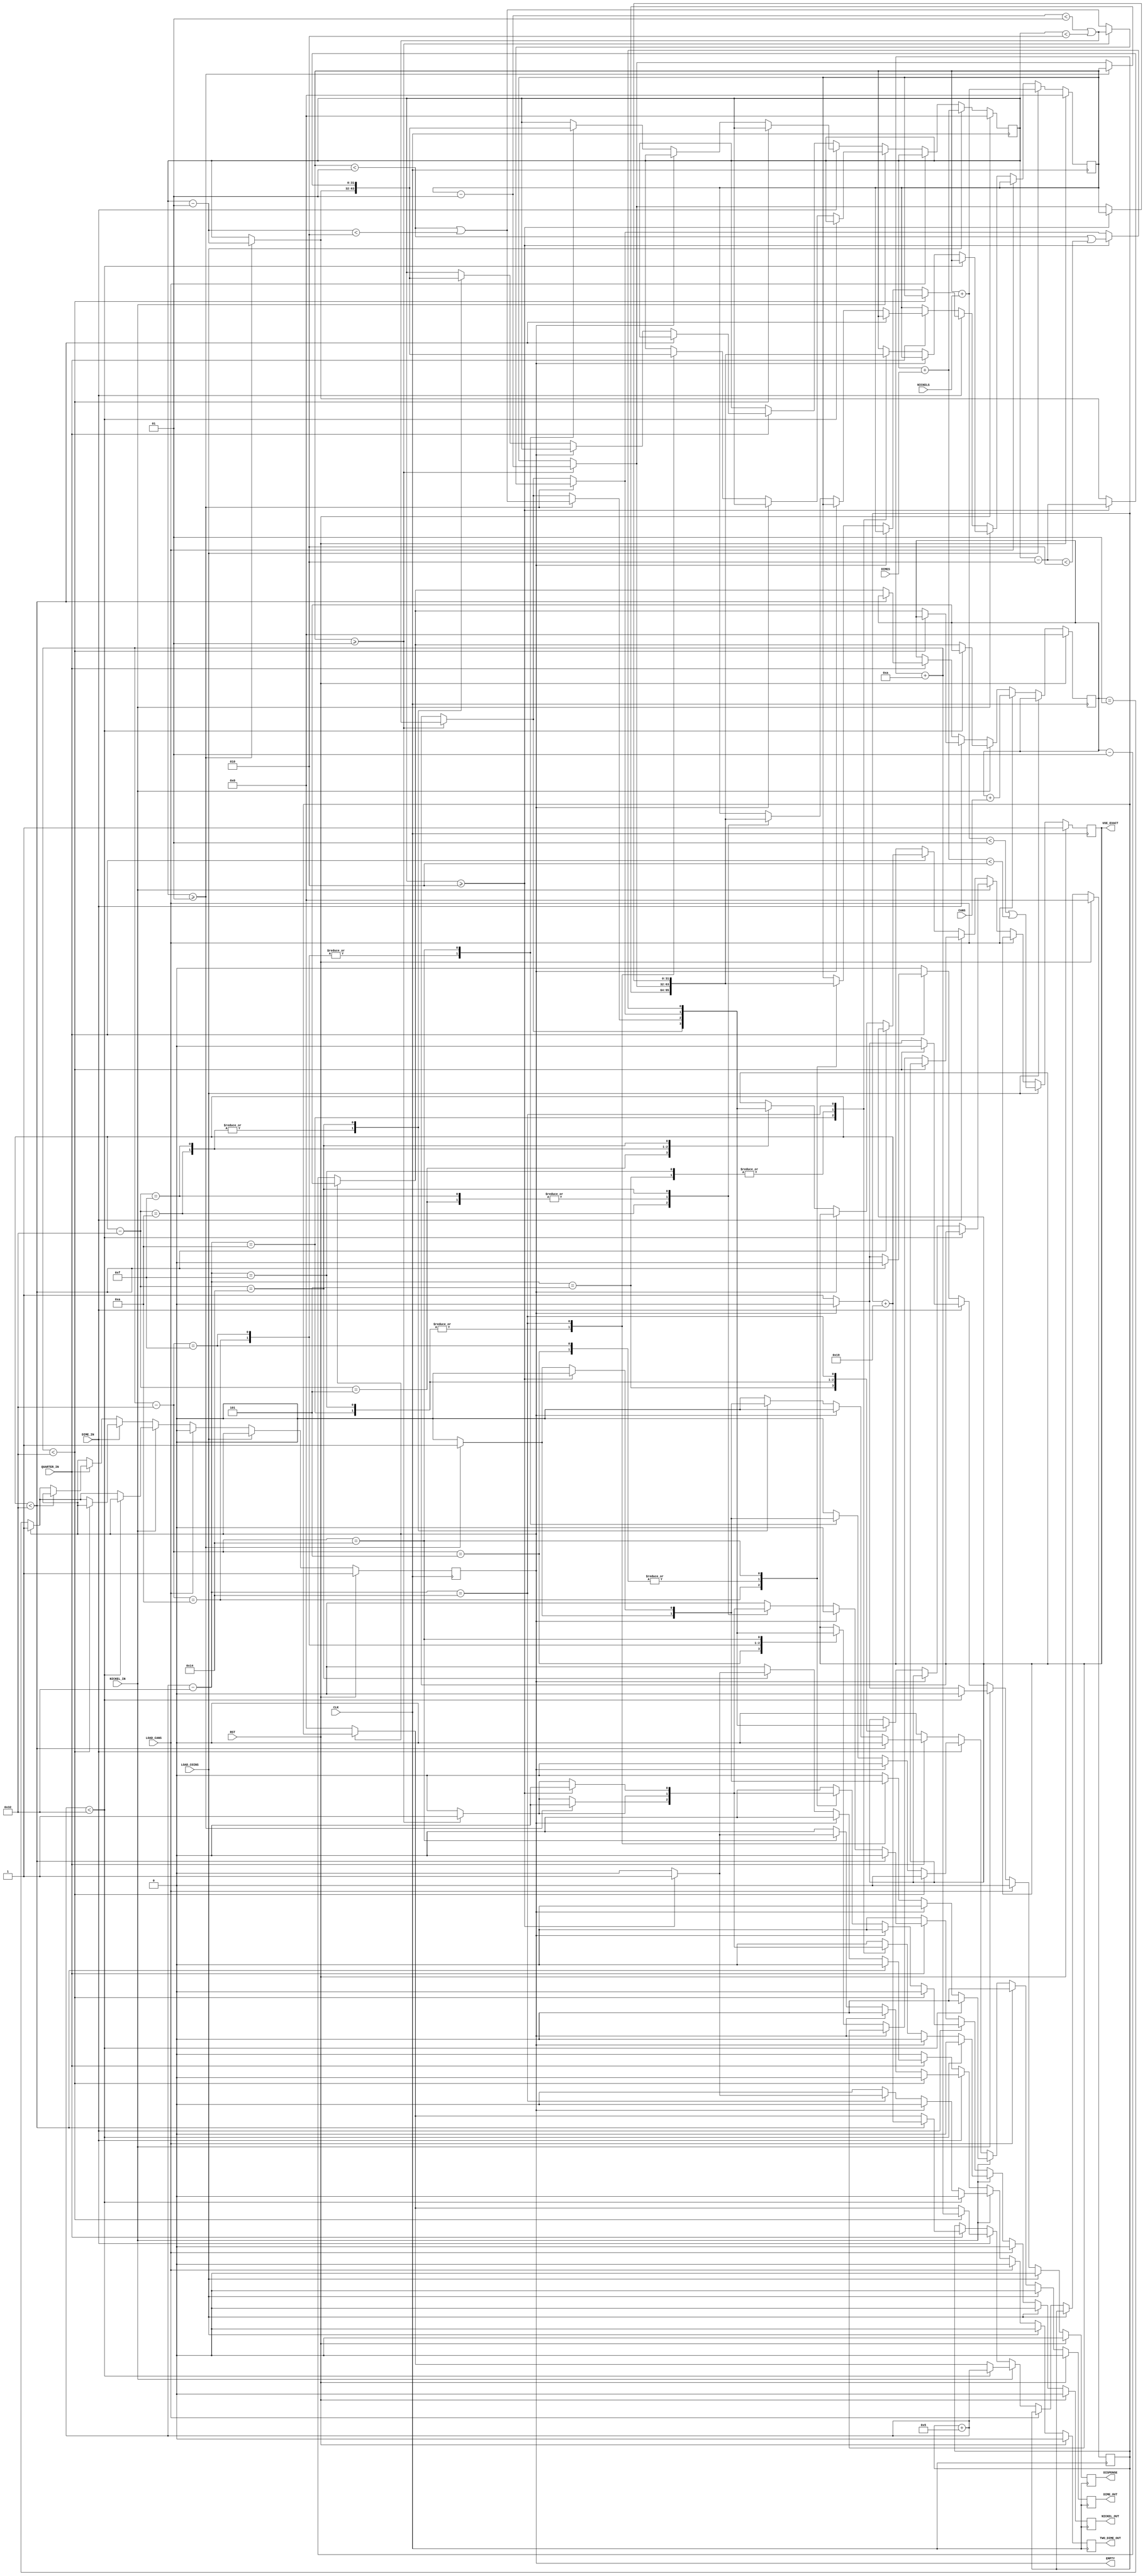
`timescale 1 ns / 1 ns

module dkm
(
  input  wire       CLK             ,
  input  wire       RST             ,
  input  wire       LOAD_COINS      ,
  input  wire       LOAD_CANS       ,
  input  wire [7:0] NICKELS         ,
  input  wire [7:0] DIMES           ,
  input  wire [7:0] CANS            ,
  input  wire       NICKEL_IN       ,
  input  wire       DIME_IN         ,
  input  wire       QUARTER_IN      ,
  output reg        EMPTY           ,
  output reg        DISPENSE        ,
  output reg        NICKEL_OUT      ,
  output reg        DIME_OUT        ,
  output reg        TWO_DIME_OUT    ,
  output reg        USE_EXACT        
) ;

  integer count_cans    ;
  integer count_nickels ;
  integer count_dimes   ;
  integer count_deposit ;


  task check_exact;
    input integer temp_count_nickels  ;
    input integer temp_count_dimes    ;
    USE_EXACT <= ( temp_count_nickels < 1 || temp_count_dimes < 2 ) ;
  endtask


  task add_coins;
    integer temp_count_nickels ;
    integer temp_count_dimes   ;
    begin
      temp_count_nickels  = count_nickels  + NICKELS  ;
      temp_count_dimes    = count_dimes    + DIMES    ;
      check_exact (temp_count_nickels, temp_count_dimes) ;
      count_nickels  <= temp_count_nickels  ;
      count_dimes    <= temp_count_dimes    ;
    end
  endtask


  task add_cans;
    begin
      count_cans <= count_cans + CANS ;
      EMPTY      <= 0 ;
    end
  endtask


  task dispense_can;
    begin
      DISPENSE      <= 1 ;
      EMPTY         <= (count_cans == 1 ) ;
      count_cans    <= count_cans - 1 ;
      count_deposit <= 0 ;
    end
  endtask

  task issue_nickels;
    input integer count ;
    integer temp_count_nickels ;
    begin
      temp_count_nickels  = count_nickels - count ;
      check_exact (temp_count_nickels, count_dimes) ;
      count_nickels <= temp_count_nickels ;
      NICKEL_OUT <= 1 ;
    end
  endtask


  task issue_dimes;
    input integer count ;
    integer temp_count_dimes ;
    begin
      temp_count_dimes  = count_dimes - count ;
      check_exact (count_nickels, temp_count_dimes) ;
      count_dimes <= temp_count_dimes ;
      if ( count == 1 ) DIME_OUT <= 1; else TWO_DIME_OUT <= 1;
    end
  endtask


  task make_change;
    input integer temp_count_deposit;
    integer change_back;
    begin
      change_back = temp_count_deposit - 50 ;
      case ( change_back ) // parallel case
         5: if ( count_nickels >= 1 ) issue_nickels (1) ;
        10: if ( count_dimes   >= 1 ) issue_dimes   (1) ; else
         // if ( count_nickels >= 2 ) issue_nickels (2) ; else
            if ( count_nickels >= 1 ) issue_nickels (1) ; // short change
        15: if ( count_dimes   >= 1 )
              begin
                issue_dimes (1) ;
                if ( count_nickels >= 1 ) issue_nickels (1) ;
              end
            else
           // if ( count_nickels >= 3 ) issue_nickels (3) ; else
           // if ( count_nickels >= 2 ) issue_nickels (2) ; else // short change
              if ( count_nickels >= 1 ) issue_nickels (1) ;      // short change
        20: if ( count_dimes >= 2 ) issue_dimes (2) ; else
            if ( count_dimes >= 1 )
              begin
               issue_dimes (1) ;
            // if ( count_nickels >= 2 ) issue_nickels (2) ; else
               if ( count_nickels >= 1 ) issue_nickels (1) ; // short change
              end
            else
           // if ( count_nickels >= 4 ) issue_nickels (4) ; else
           // if ( count_nickels >= 3 ) issue_nickels (3) ; else // short change
           // if ( count_nickels >= 2 ) issue_nickels (2) ; else // short change
              if ( count_nickels >= 1 ) issue_nickels (1) ;      // short change
      endcase
    end
  endtask


  task transact;
    input integer value ;
    integer temp_count_deposit ;
    begin
      temp_count_deposit = count_deposit + value ;
      if ( temp_count_deposit < 50 )
        count_deposit <= temp_count_deposit ;
      else
        if ( !EMPTY )
          begin
            dispense_can;
            make_change (temp_count_deposit);
          end
    end
  endtask

  always @(posedge CLK)
    if ( RST )
      begin
        count_cans      <= 0 ;
        count_nickels   <= 0 ;
        count_dimes     <= 0 ;
        count_deposit   <= 0 ;
        EMPTY           <= 1 ;
        DISPENSE        <= 0 ;
        NICKEL_OUT      <= 0 ;
        DIME_OUT        <= 0 ;
        TWO_DIME_OUT    <= 0 ;
        USE_EXACT       <= 1 ;
      end
    else
      begin
        DISPENSE        <= 0;
        NICKEL_OUT      <= 0 ;
        DIME_OUT        <= 0 ;
        TWO_DIME_OUT    <= 0 ;
        case ( 1 ) // parallel case
          LOAD_COINS : add_coins;
          LOAD_CANS  : add_cans;
          NICKEL_IN  : transact(5);
          DIME_IN    : transact(10);
          QUARTER_IN : transact(25);
        endcase
      end

endmodule